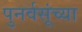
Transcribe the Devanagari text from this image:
पुनर्वसूंच्या